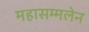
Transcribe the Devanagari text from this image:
महासम्मलेन